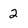
Character: 2